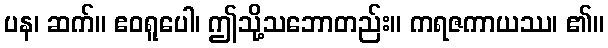
ပန၊ ဆက်။ ဧဝရူပေါ၊ ဤသို့သဘောတည်း။ ကရဇကာယဿ၊ ၏။